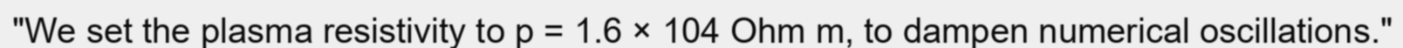
"We set the plasma resistivity to p = 1.6 × 104 Ohm m, to dampen numerical oscillations."